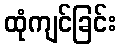
ထုံကျင်ခြင်း